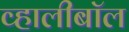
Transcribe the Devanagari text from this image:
व्हालीबॉल